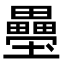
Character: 𭐍